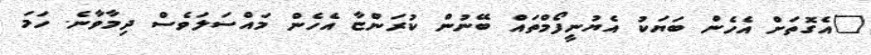
"އެގޮތަށް އެހެން ބަޔަކު އެޔުނީފޯމްތައް ބޭނުން ކުރަންޏާ އެހެން މައްސަލަވެސް ދިމާވާނެ. ހަމަ